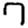
Digit: 7